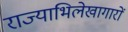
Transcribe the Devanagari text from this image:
राज्याभिलेखागारों